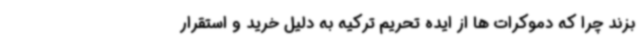
بزند چرا که دموکرات ها از ایده تحریم ترکیه به دلیل خرید و استقرار